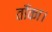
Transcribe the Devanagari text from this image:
ताँका।